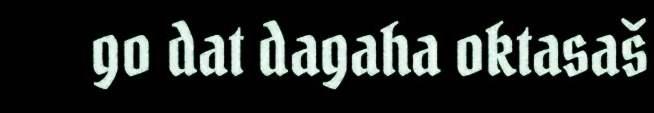
go dat dagaha oktasaš